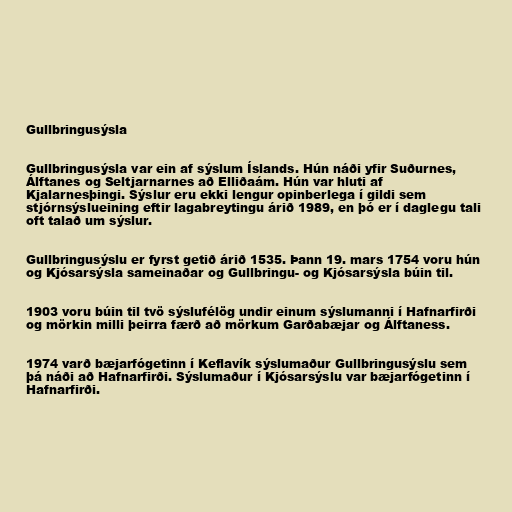
Gullbringusýsla

Gullbringusýsla var ein af sýslum Íslands. Hún náði yfir Suðurnes,
Álftanes og Seltjarnarnes að Elliðaám. Hún var hluti af
Kjalarnesþingi. Sýslur eru ekki lengur opinberlega í gildi sem
stjórnsýslueining eftir lagabreytingu árið 1989, en þó er í daglegu tali
oft talað um sýslur.

Gullbringusýslu er fyrst getið árið 1535. Þann 19. mars 1754 voru hún
og Kjósarsýsla sameinaðar og Gullbringu- og Kjósarsýsla búin til.

1903 voru búin til tvö sýslufélög undir einum sýslumanni í Hafnarfirði
og mörkin milli þeirra færð að mörkum Garðabæjar og Álftaness.

1974 varð bæjarfógetinn í Keflavík sýslumaður Gullbringusýslu sem
þá náði að Hafnarfirði. Sýslumaður í Kjósarsýslu var bæjarfógetinn í
Hafnarfirði.